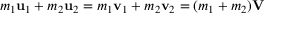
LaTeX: m _ { 1 } \mathbf { u } _ { 1 } + m _ { 2 } \mathbf { u } _ { 2 } = m _ { 1 } \mathbf { v } _ { 1 } + m _ { 2 } \mathbf { v } _ { 2 } = ( m _ { 1 } + m _ { 2 } ) \mathbf { V }